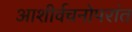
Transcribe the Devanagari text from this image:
आशीर्वचनोपरांत